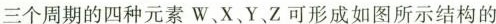
三个周期的四种元素W、X、Y、Z可形成如图所示结构的